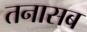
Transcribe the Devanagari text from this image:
तनासब